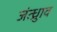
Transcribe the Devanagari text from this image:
जंत्ध्रुाव